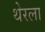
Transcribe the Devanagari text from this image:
थेरला